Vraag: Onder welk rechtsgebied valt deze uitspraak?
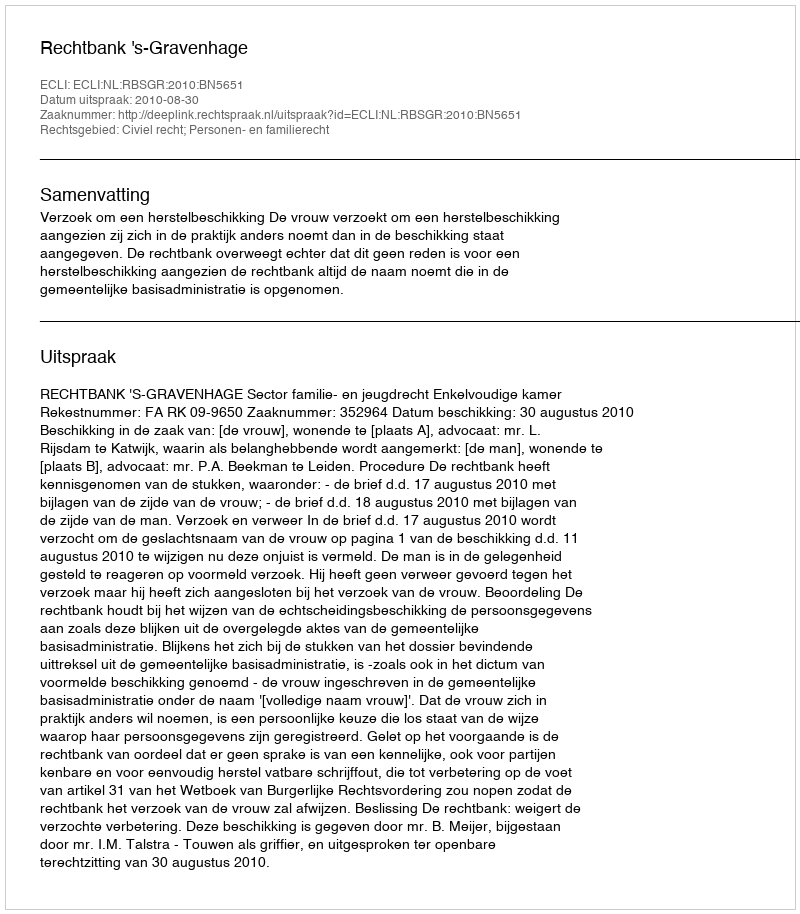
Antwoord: Civiel recht; Personen- en familierecht